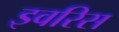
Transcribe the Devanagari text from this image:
इवरिस